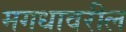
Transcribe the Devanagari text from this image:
मगधावरील